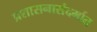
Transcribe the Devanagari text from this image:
प्रशासनासंदर्भात